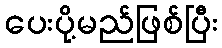
ပေးပို့မည်ဖြစ်ပြီး